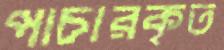
পাচারকৃত